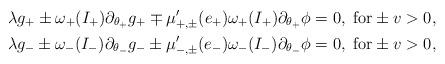
LaTeX: \begin{align*}\lambda g_{+}\pm\omega_{+}(I_{+})\partial_{\theta_{+}}g_{+}\mp\mu_{+,\pm}^{\prime}(e_{+})\omega_{+}(I_{+})\partial_{\theta_{+}}\phi & =0,\text{ for}\pm v>0,\\\lambda g_{-}\pm\omega_{-}(I_{-})\partial_{\theta_{-}}g_{-}\pm\mu_{-,\pm}^{\prime}(e_{-})\omega_{-}(I_{-})\partial_{\theta_{-}}\phi & =0,\text{ for}\pm v>0, \end{align*}